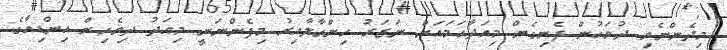
މިދެންނެވި ދުވަހުން ފެށިގެން މިއަދާހަމައަށް ނަޒަރު ހިންގާލާއިރު މިފެންނަނީ މިއަދު ދިވެހިން އިންޑިއާގެ